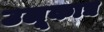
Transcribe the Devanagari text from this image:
उलूकाद्य